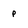
Character: P